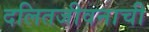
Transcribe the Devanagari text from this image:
दलितजीवनाची